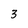
Character: 3